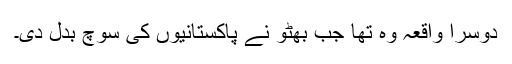
دوسرا واقعہ وہ تھا جب بھٹو نے پاکستانیوں کی سوچ بدل دی۔